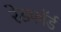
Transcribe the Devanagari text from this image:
रेडफाॅर्ड